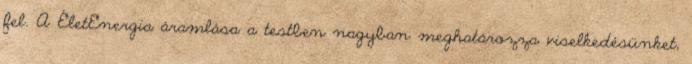
fel. A ÉletEnergia áramlása a testben nagyban meghatározza viselkedésünket,